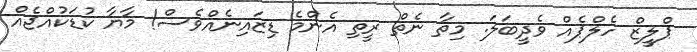
ޕްލީޒް ހެލްޕެއް ވެދީބަލަ. މިތާ ނެތް ރީތި އެންމެ ޑިޒައިނެއްވެސް! މާޔާ ކުޑަކުއްޖެއް